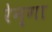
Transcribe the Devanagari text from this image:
रेन्गा